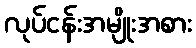
လုပ်ငန်းအမျိုးအစား